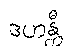
ဒဟန္တီ